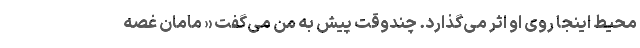
محیط اینجا روی او اثر می‌گذارد. چندوقت پیش به من می‌گفت « مامان غصه